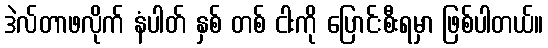
ဒဲလ်တာဖလိုက် နံပါတ် နှစ် တစ် ငါးကို ပြောင်းစီးရမှာ ဖြစ်ပါတယ်။